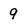
Character: 9